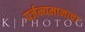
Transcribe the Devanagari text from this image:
पर्जन्यमानाचा